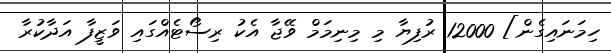
ހިމަނައިގެން] 12000 ރުފިޔާ މި މިނިމަމް ވޭޖާ އެކު ރިސޯޓެއްގައި ވަޒީފާ އަދާކުރާ